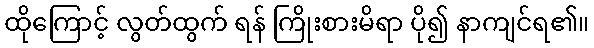
ထိုကြောင့် လွတ်ထွက် ရန် ကြိုးစားမိရာ ပို၍ နာကျင်ရ၏။